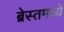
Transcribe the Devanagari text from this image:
ब्रेस्तमध्ये